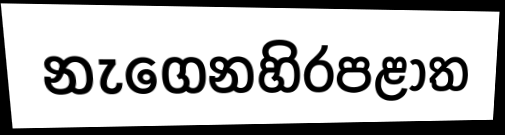
නැගෙනහිරපළාත